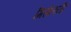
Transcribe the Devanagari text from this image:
मिसेलनी